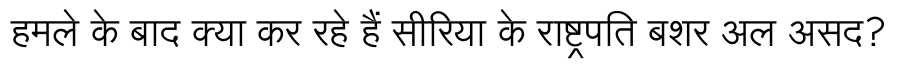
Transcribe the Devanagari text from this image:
हमले के बाद क्या कर रहे हैं सीरिया के राष्ट्रपति बशर अल असद?